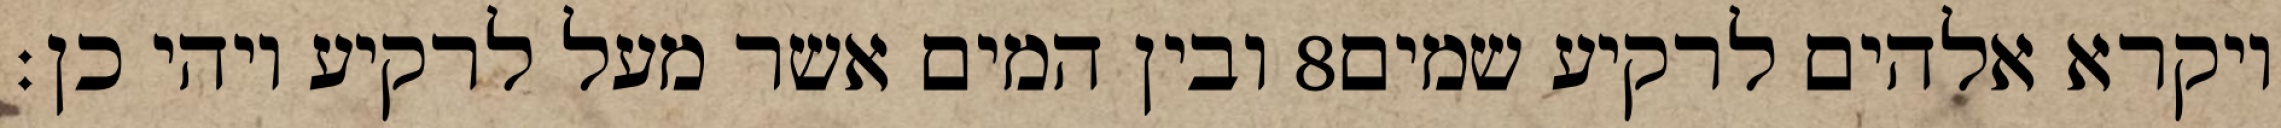
ובין המים אשר מעל לרקיע ויהי כן׃ ‎8‏ ויקרא אלהים לרקיע שמים